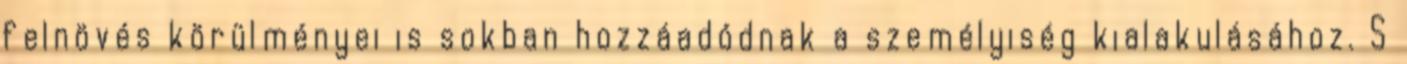
felnövés körülményei is sokban hozzáadódnak a személyiség kialakulásához. S